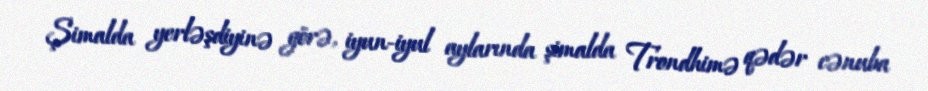
Şimalda yerləşdiyinə görə, iyun-iyul aylarında şimalda Trondhimə qədər cənuba